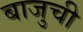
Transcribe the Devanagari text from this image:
बाजुची